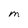
Character: M